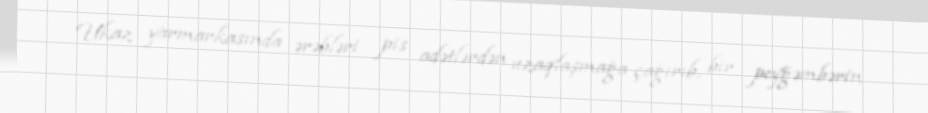
Ukaz yarmarkasında ərəbləri pis adətlərdən uzaqlaşmağa çağırıb, bir peyğəmbərin